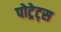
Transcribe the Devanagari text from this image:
पोट्रेट्स